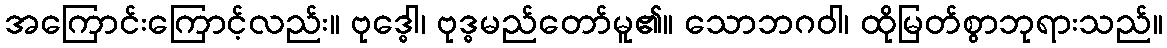
အကြောင်းကြောင့်လည်း။ ဗုဒ္ဓေါ၊ ဗုဒ္ဓမည်တော်မူ၏။ သောဘဂဝါ၊ ထိုမြတ်စွာဘုရားသည်။